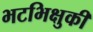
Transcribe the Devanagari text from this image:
भटभिक्षुकी